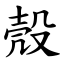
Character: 殼